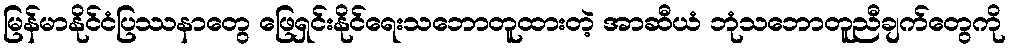
မြန်မာနိုင်ငံပြဿနာတွေ ဖြေရှင်းနိုင်ရေးသဘောတူထားတဲ့ အာဆီယံ ဘုံသဘောတူညီချက်တွေကို